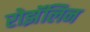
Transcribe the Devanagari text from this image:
रोझॅलिन